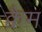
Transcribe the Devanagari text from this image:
क्वैम